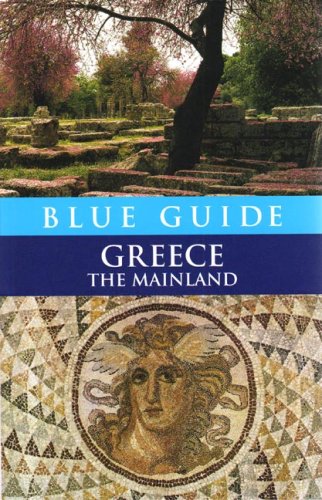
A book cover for Blue Guide Greece: The Mainland (Blue Guides); Sherry Marker; Travel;